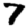
Digit: 7